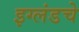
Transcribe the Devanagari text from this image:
इग्लंडचे